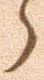
ら